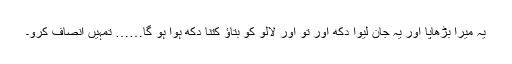
یہ میرا بڑھاپا اور یہ جان لیوا دُکھ اور تو اور لالو کو بتاؤ کتنا دُکھ ہوا ہو گا…… تمہیں انصاف کرو۔